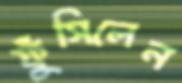
ফুঁসিলেন